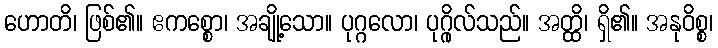
ဟောတိ၊ ဖြစ်၏။ ဧကစ္စော၊ အချို့သော။ ပုဂ္ဂလော၊ ပုဂ္ဂိုလ်သည်။ အတ္ထိ၊ ရှိ၏။ အနုဝိစ္စ၊